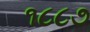
૧૮૮૭